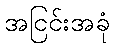
အငြင်းအခုံ